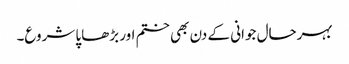
بہرحال جوانی کے دن بھی ختم اور بڑھاپا شروع۔